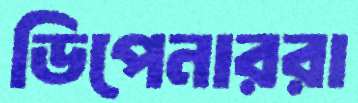
ডিপেনাররা